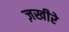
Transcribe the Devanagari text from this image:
ज़खीरे